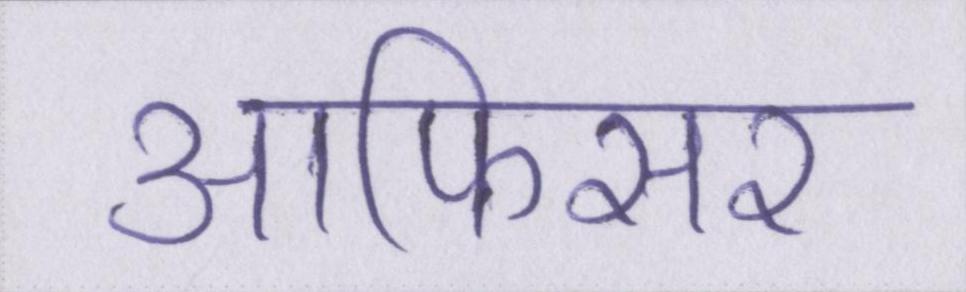
आफिसर